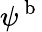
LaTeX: \psi^{\mathrm{~b~}}